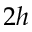
2 h